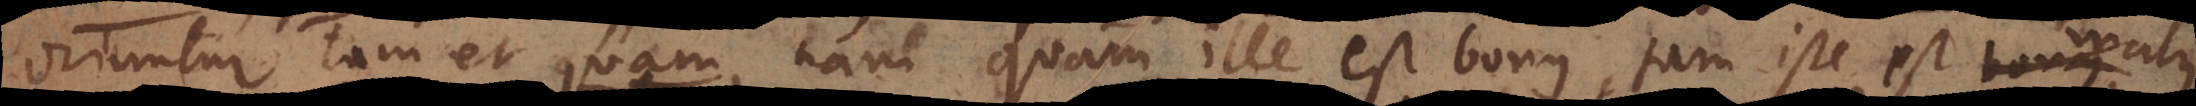
oriuntur tam et quam, nam quam ille est bonus, tam iste est malus